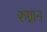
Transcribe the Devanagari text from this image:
रुग्नान